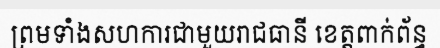
ព្រមទាំងសហការជាមួយរាជធានី ខេត្តពាក់ព័ន្ធ